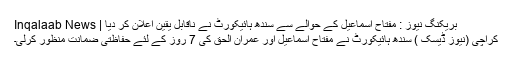
بریکنگ نیوز : مفتاح اسماعیل کے حوالے سے سندھ ہائیکورٹ نے ناقابل یقین اعلان کر دیا | Inqalaab News
کراچی (نیوز ڈیسک ) سندھ ہائیکورٹ نے مفتاح اسماعیل اور عمران الحق کی 7 روز کے لئے حفاظتی ضمانت منظور کرلی۔